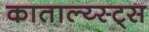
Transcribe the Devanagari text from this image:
काताल्य्स्ट्स